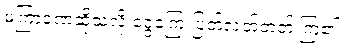
မကြာခဏဆိုသလို ငွေကြေးပြတ်လတ်တတ် ကြ၏။